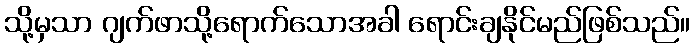
သို့မှသာ ဂျက်ဖာသို့ရောက်သောအခါ ရောင်းချနိုင်မည်ဖြစ်သည်။